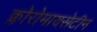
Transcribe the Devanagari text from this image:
क्लोरोमायसेटीन